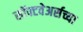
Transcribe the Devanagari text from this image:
सॉफ्टवेअर्सच्या